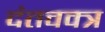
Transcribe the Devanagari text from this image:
दंतवक्त्र